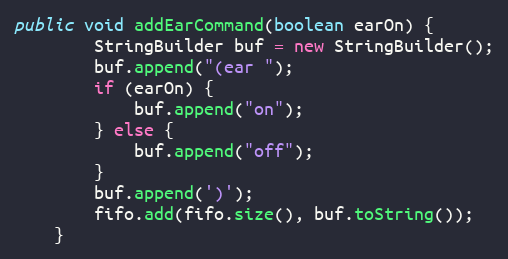
Language: Java
public void addEarCommand(boolean earOn) {
        StringBuilder buf = new StringBuilder();
        buf.append("(ear ");
        if (earOn) {
            buf.append("on");
        } else {
            buf.append("off");
        }
        buf.append(')');
        fifo.add(fifo.size(), buf.toString());
    }